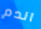
اندم